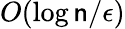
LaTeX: O(\log\mathsf{n}/\epsilon)